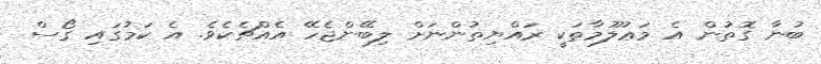
ބުނާ ގޮތުން އެ މަޢުލޫމާތަކީ ރައްޔިތުންނަށް ލިބޭންޖެހޭ އެއްޗެކެވެ. އެ ކަމުގައި ގޯސް